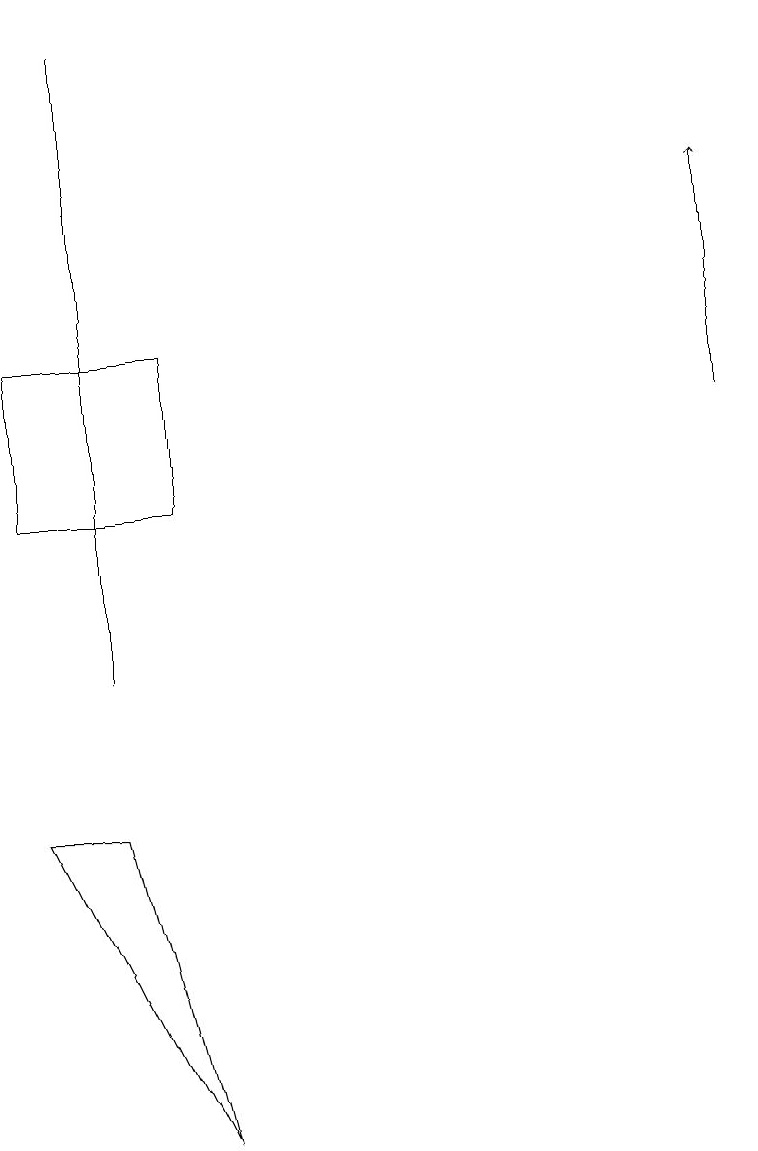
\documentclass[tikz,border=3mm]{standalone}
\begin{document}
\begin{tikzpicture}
\draw (2,12) rectangle (0,14);
\draw (0,8) -- (2,4) -- (1,8) -- cycle;
\draw[->] (9,13) -- (9,16);
\draw (1,10) rectangle (1,18);
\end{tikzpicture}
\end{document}